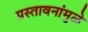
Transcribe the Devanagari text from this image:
प्रस्तावनांमुळे